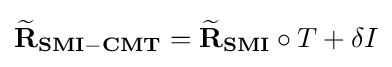
\mathbf {{\widetilde {R}}_{SMI-CMT}} =\mathbf {{\widetilde {R}}_{SMI}} \circ T+\delta I